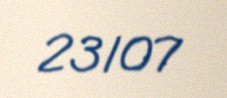
23107